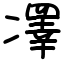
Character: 凙